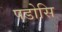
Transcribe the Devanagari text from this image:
पडोसि